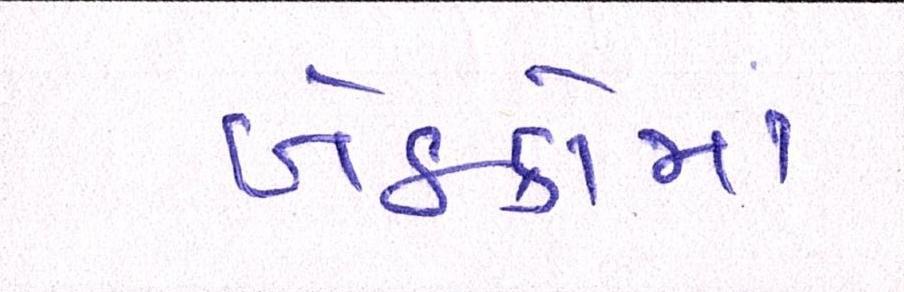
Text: બેઠકોમાં